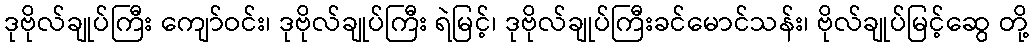
ဒုဗိုလ်ချုပ်ကြီး ကျော်ဝင်း၊ ဒုဗိုလ်ချုပ်ကြီး ရဲမြင့်၊ ဒုဗိုလ်ချုပ်ကြီးခင်မောင်သန်း၊ ဗိုလ်ချုပ်မြင့်ဆွေ တို့